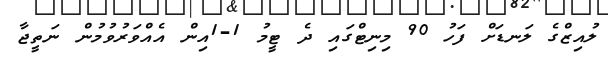
ލުއިޒްގެ ލަނޑަށް ފަހު 90 މިނިޓްގައި ދެ ޓީމު 1-1އިން އެއްވަރުވުމުން ނަތީޖާ